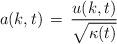
LaTeX: \begin{align*}a(k, t) \, = \, {u(k,t) \over \sqrt{\kappa (t)}}\end{align*}